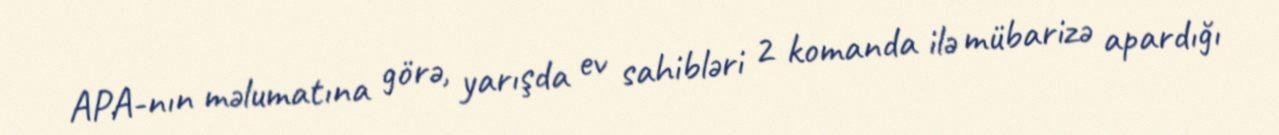
APA-nın məlumatına görə, yarışda ev sahibləri 2 komanda ilə mübarizə apardığı